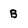
Character: B